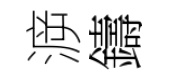
㴑鑄